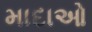
માદાઓ